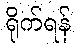
ရိုက်ရန်